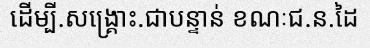
ដើម្បី.សង្គ្រោះ.ជាបន្ទាន់ ខណៈជ.ន.ដៃ